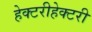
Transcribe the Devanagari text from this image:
हेक्टरीहेक्टरी